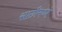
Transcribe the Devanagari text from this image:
साठीमध्ये